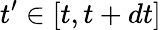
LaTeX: {t^{\prime}}\in[t,t+dt]